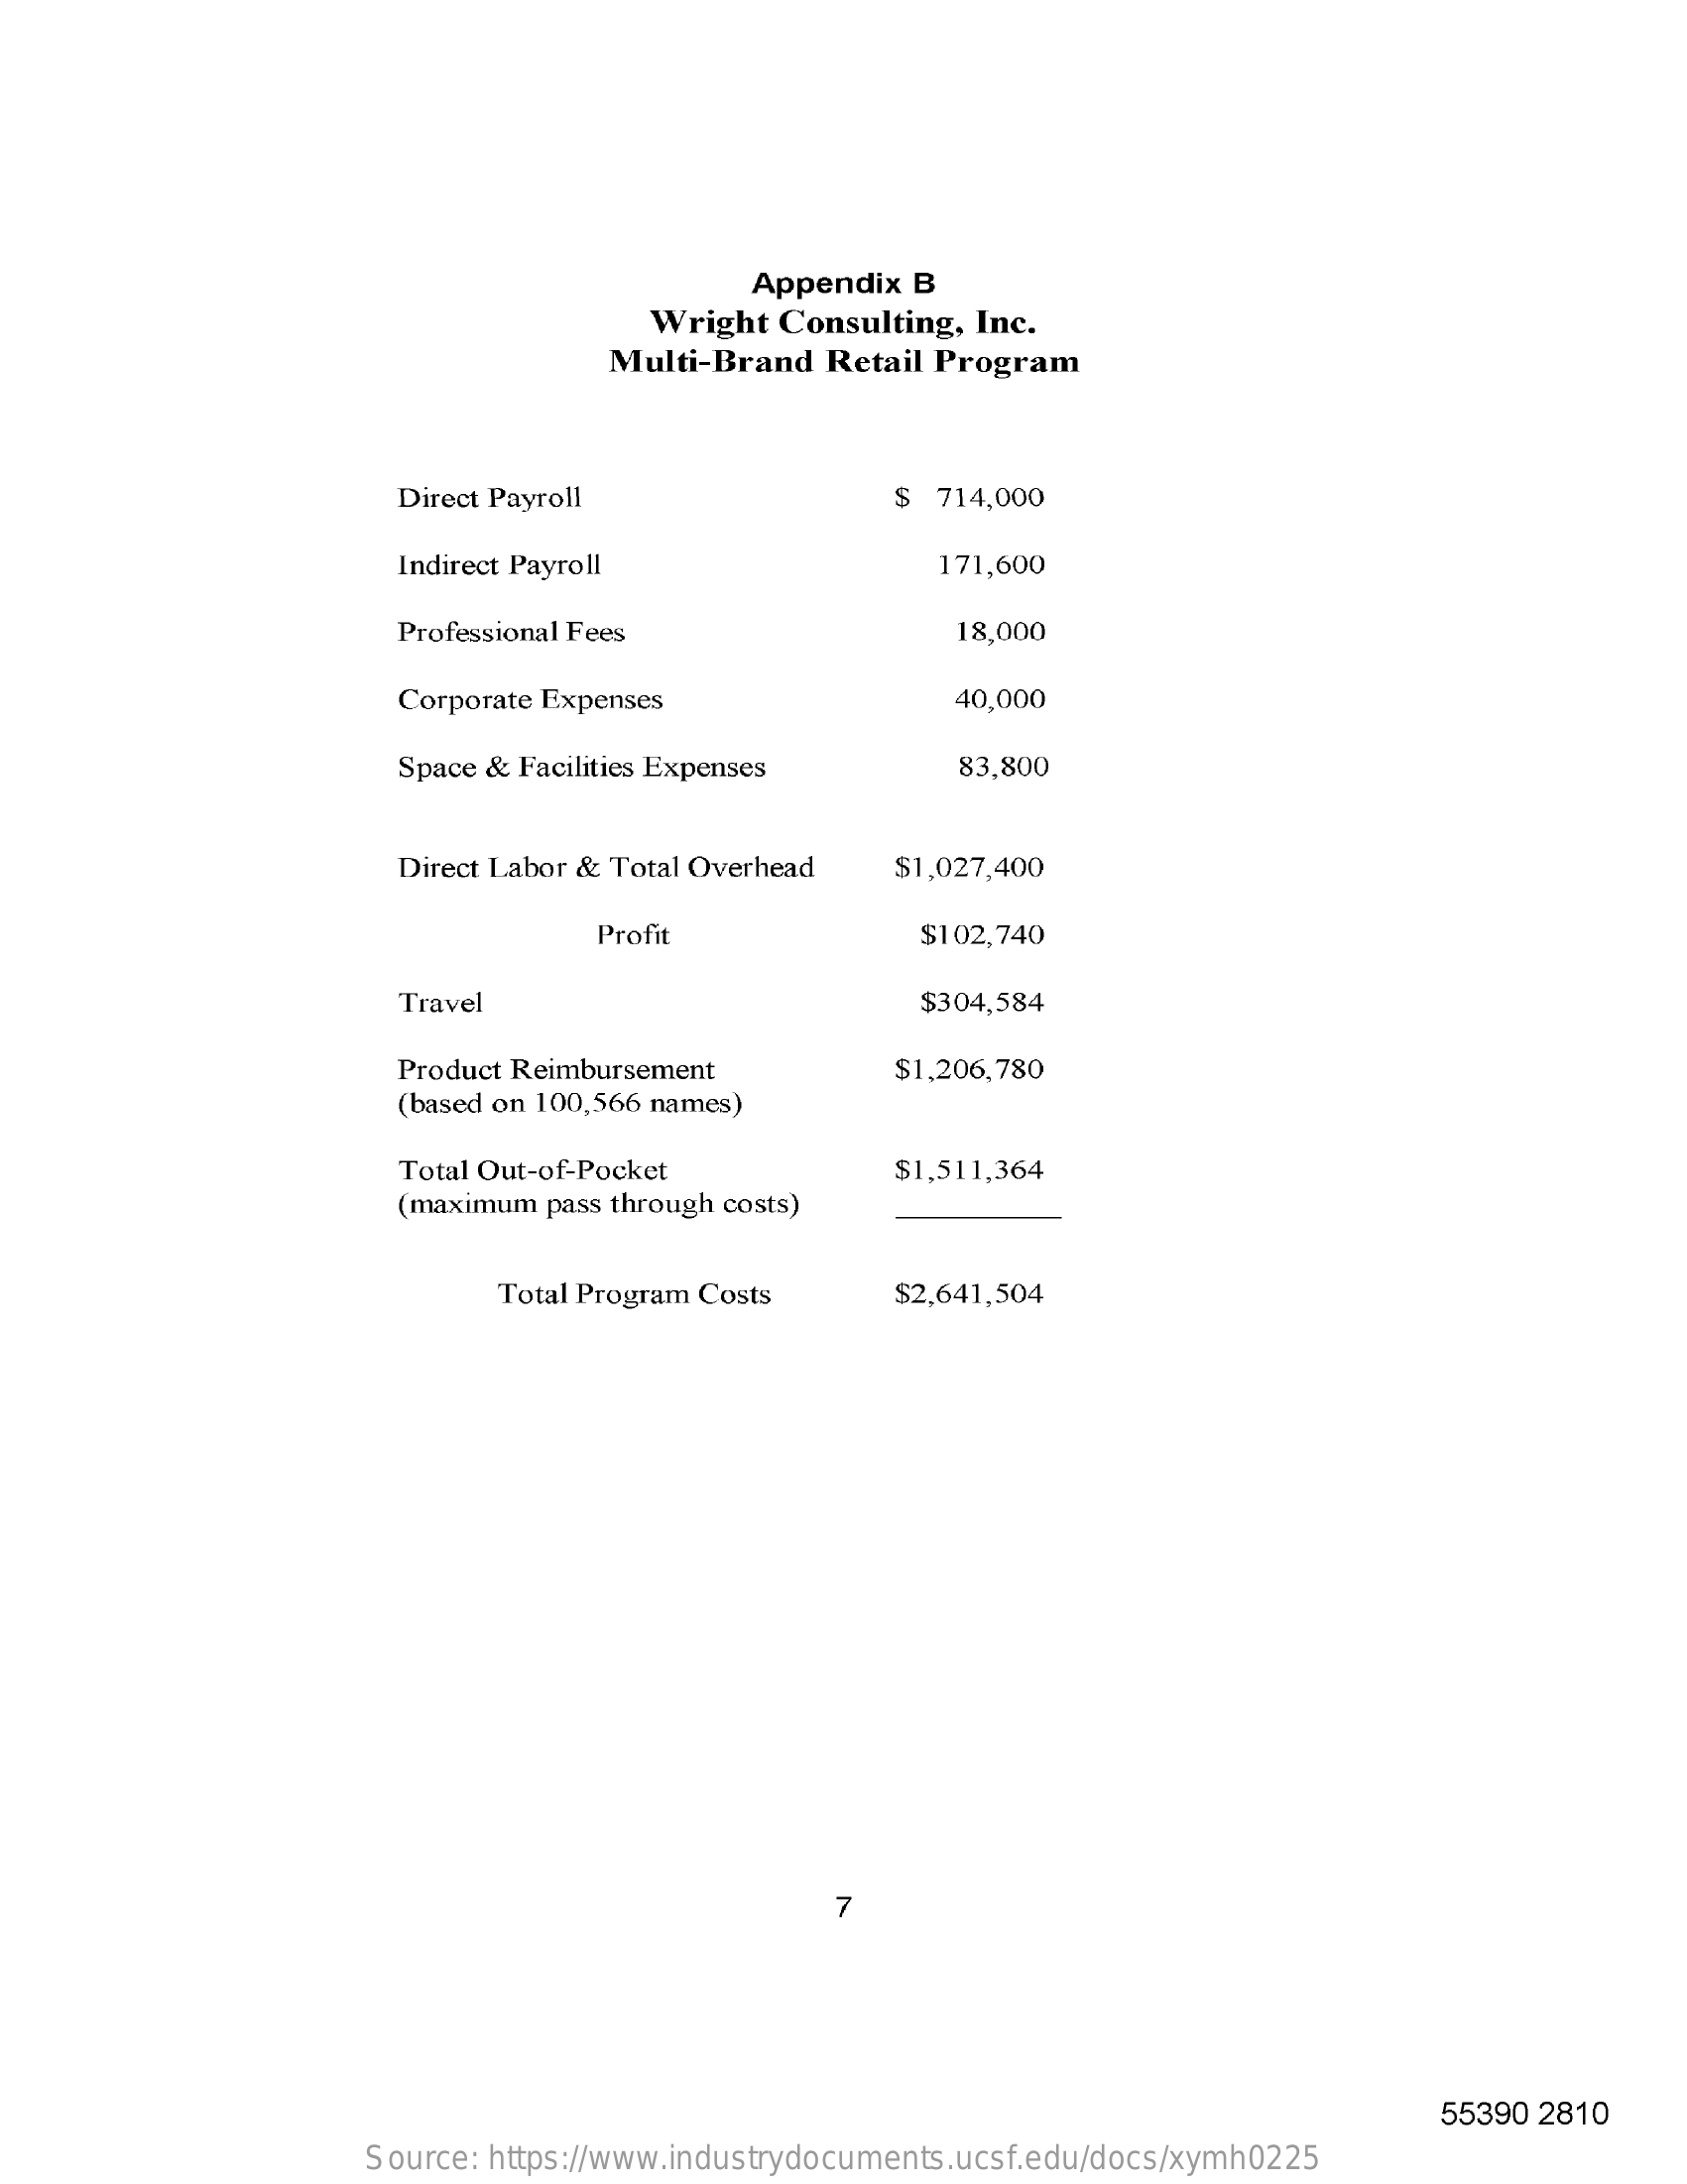
Appendix  B
     Wright Consulting,  Inc.
     Multi-Brand  Retail Program
     Direct Payroll    $ 714,000
     Indirect Payroll    171,600
     Professional Fees    18,000
     Corporate Expenses    40,000
     Space & Facilities Expenses    83,800
     Direct Labor & Total Overhead  $1,027,400
     Profit    $102,740
     Travel    $304,584
     Product Reimbursement    $1,206,780
     (based on 100,566 names)
     Total Out-of-Pocket    $1,511,364
     (maximum pass through costs)
     Total Program Costs    $2,641,504
     7
     55390 2810
     Source: https://www.industrydocuments.ucsf.edu/docs/xymh0225